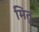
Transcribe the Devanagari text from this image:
मितु